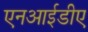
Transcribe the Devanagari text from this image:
एनआईडीए